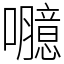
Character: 𡄯